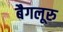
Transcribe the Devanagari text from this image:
बैगलूरु